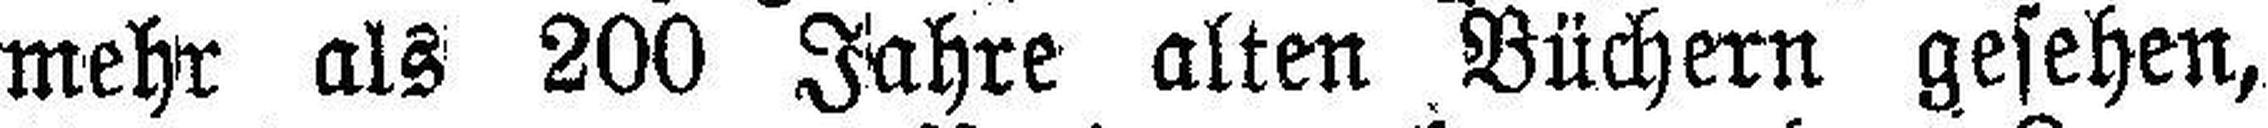
mehr als 200 Jahre alten Büchern gesehen,